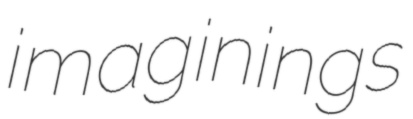
imaginings